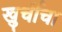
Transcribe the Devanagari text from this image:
खुर्चीचा